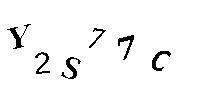
Y2S77C